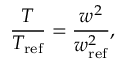
\frac { T } { T _ { \mathrm { r e f } } } = \frac { w ^ { 2 } } { w _ { \mathrm { r e f } } ^ { 2 } } ,